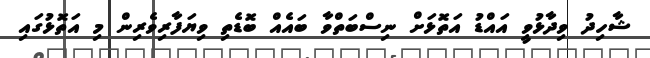
ޝާހިދު ވިދާޅުވީ އައްޑު އަތޮޅަށް ނިސްބަތްވާ ބައެއް ބޮޑެތި ވިޔަފާރިވެރިން މި އަތޮޅުގައި